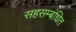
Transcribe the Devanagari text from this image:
सहसम्बंधित